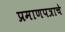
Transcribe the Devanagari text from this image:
प्रमाणपत्राचे